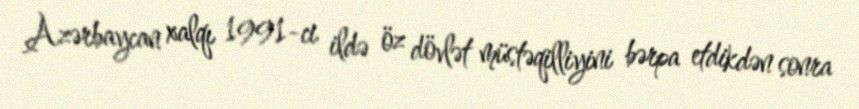
Azərbaycan xalqı 1991-ci ildə öz dövlət müstəqilliyini bərpa etdikdən sonra